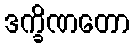
ဒက္ခိဏတော